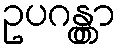
ဥပဂန္တွာ